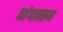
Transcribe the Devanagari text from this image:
व्यंगावरून